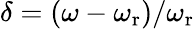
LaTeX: \delta=(\omega-\omega_{\mathrm{r}})/\omega_{\mathrm{r}}